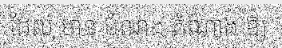
ដែល មាន បំណង តំណាង ឱ្យ